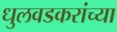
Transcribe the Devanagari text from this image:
धुलवडकरांच्या